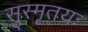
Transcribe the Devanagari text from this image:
सुस्मृतयः